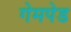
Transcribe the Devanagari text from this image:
गेमपेड